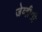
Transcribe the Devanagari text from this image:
जेव्हीसी